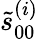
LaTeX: \tilde{s}_{00}^{(i)}